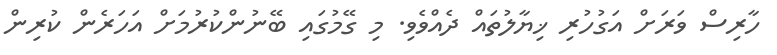
ހާރިސް ވަރަށް އަގުހުރި ޚިޔާލުތައް ދެއްވެވި. މި ގޭމުގައި ބޭނުންކުރުމަށް އަހަރެން ކުރިން